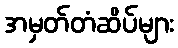
အမှတ်တံဆိပ်များ